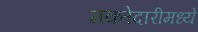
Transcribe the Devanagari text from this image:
मक्तेदारीमध्ये